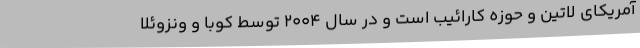
آمریکای لاتین و حوزه کارائیب است و در سال 2004 توسط کوبا و ونزوئلا